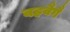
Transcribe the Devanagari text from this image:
वहवैगै